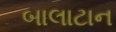
બાલાટાન